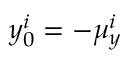
y _ { 0 } ^ { i } = - \mu _ { y } ^ { i }